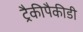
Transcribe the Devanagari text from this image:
ट्रैकीपैकीडी